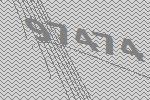
97474